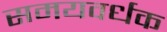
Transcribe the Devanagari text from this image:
समयवर्धक